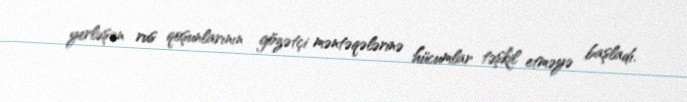
yerləşən rus qoşunlarının gözətçi məntəqələrinə hücumlar təşkil etməyə başladı.